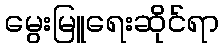
မွေးမြူရေးဆိုင်ရာ